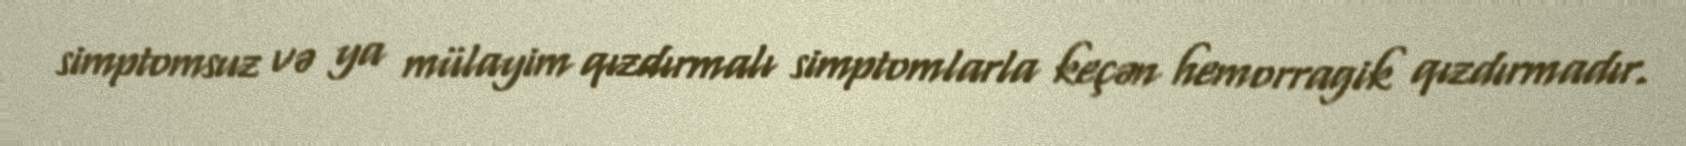
simptomsuz və ya mülayim qızdırmalı simptomlarla keçən hemorragik qızdırmadır.